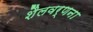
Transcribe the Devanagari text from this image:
शैलवर्णना